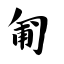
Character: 匍